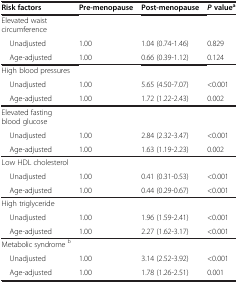
<table><thead><tr><td><b>Risk factors</b></td><td><b>Pre-menopause</b></td><td><b>Post-menopause</b></td><td><b><i>P </i>value<sup>a</sup></b></td></tr></thead><tbody><tr><td>Elevated waist circumference</td><td> </td><td> </td><td> </td></tr><tr><td> Unadjusted</td><td>1.00</td><td>1.04 (0.74-1.46)</td><td>0.829</td></tr><tr><td> Age-adjusted</td><td>1.00</td><td>0.66 (0.39-1.12)</td><td>0.124</td></tr><tr><td>High blood pressures</td><td> </td><td> </td><td> </td></tr><tr><td> Unadjusted</td><td>1.00</td><td>5.65 (4.50-7.07)</td><td>&lt;0.001</td></tr><tr><td> Age-adjusted</td><td>1.00</td><td>1.72 (1.22-2.43)</td><td>0.002</td></tr><tr><td>Elevated fasting blood glucose</td><td> </td><td> </td><td> </td></tr><tr><td> Unadjusted</td><td>1.00</td><td>2.84 (2.32-3.47)</td><td>&lt;0.001</td></tr><tr><td> Age-adjusted</td><td>1.00</td><td>1.63 (1.19-2.23)</td><td>0.002</td></tr><tr><td>Low HDL cholesterol</td><td> </td><td> </td><td> </td></tr><tr><td> Unadjusted</td><td>1.00</td><td>0.41 (0.31-0.53)</td><td>&lt;0.001</td></tr><tr><td> Age-adjusted</td><td>1.00</td><td>0.44 (0.29-0.67)</td><td>&lt;0.001</td></tr><tr><td>High triglyceride</td><td> </td><td> </td><td> </td></tr><tr><td> Unadjusted</td><td>1.00</td><td>1.96 (1.59-2.41)</td><td>&lt;0.001</td></tr><tr><td> Age-adjusted</td><td>1.00</td><td>2.27 (1.62-3.17)</td><td>&lt;0.001</td></tr><tr><td>Metabolic syndrome <sup>b</sup></td><td> </td><td> </td><td> </td></tr><tr><td> Unadjusted</td><td>1.00</td><td>3.14 (2.52-3.92)</td><td>&lt;0.001</td></tr><tr><td> Age-adjusted</td><td>1.00</td><td>1.78 (1.26-2.51)</td><td>0.001</td></tr></tbody></table>